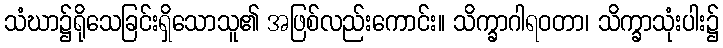
သံဃာ၌ရိုသေခြင်းရှိသောသူ၏ အဖြစ်လည်းကောင်း။ သိက္ခာဂါရဝတာ၊ သိက္ခာသုံးပါး၌